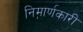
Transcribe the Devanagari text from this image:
निमार्णकारी